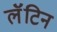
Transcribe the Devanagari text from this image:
लॅॅॅटिन